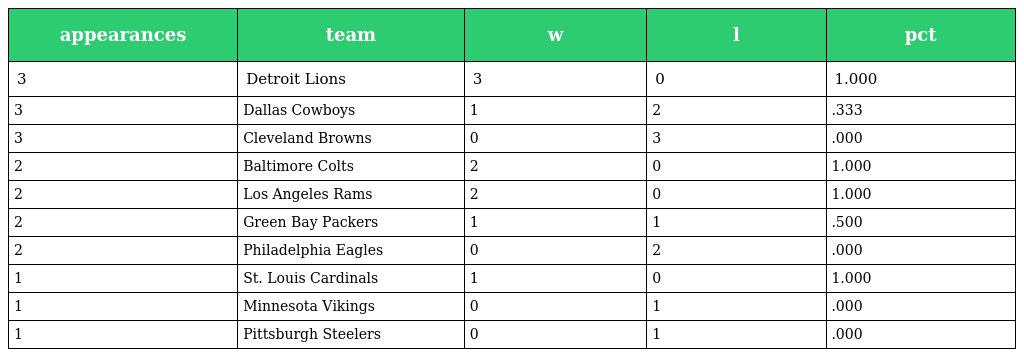
| appearances | team | w | l | pct |
 | --- | --- | --- | --- | --- |
 | 3 | Detroit Lions | 3 | 0 | 1.000 |
 | 3 | Dallas Cowboys | 1 | 2 | .333 |
 | 3 | Cleveland Browns | 0 | 3 | .000 |
 | 2 | Baltimore Colts | 2 | 0 | 1.000 |
 | 2 | Los Angeles Rams | 2 | 0 | 1.000 |
 | 2 | Green Bay Packers | 1 | 1 | .500 |
 | 2 | Philadelphia Eagles | 0 | 2 | .000 |
 | 1 | St. Louis Cardinals | 1 | 0 | 1.000 |
 | 1 | Minnesota Vikings | 0 | 1 | .000 |
 | 1 | Pittsburgh Steelers | 0 | 1 | .000 |